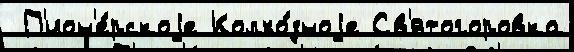
 П'ион'е́рскоjе Колхо́зноjе Св'ятогоровка